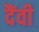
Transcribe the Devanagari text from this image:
दैंवी